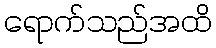
ရောက်သည်အထိ